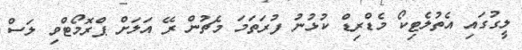
ލީގުގައި އެތުލެޓިކޯ މެޑްރިޑް ކުޅުނު ފުރަތަމަ މެޗުން ރޭ އަލަށް ޕްރޮމޯޓްވި ލަސް